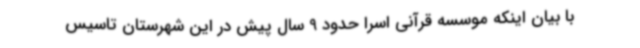
با بیان اینکه موسسه قرآنی اسرا حدود 9 سال پیش در این شهرستان تاسیس